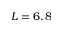
L = 6 , 8